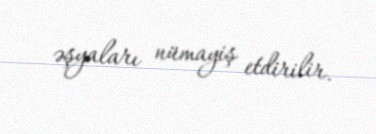
əşyaları nümayiş etdirilir.